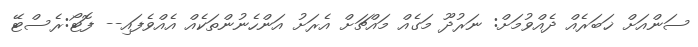
ސަންއަށް ޚަބަރެއް ދެއްވުމަށް: ނަރުދޫ މަގެއް މައްޗަށް އެރަށު އަންހެނުންތަކެއް އެއްވެފައި-- ފޮޓޯ:ރެސްޓޭ